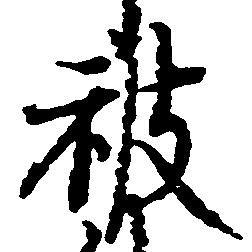
被